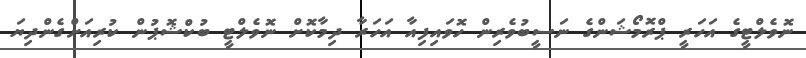
ނޮވެލްޓީގެ އަހަރީ ޕްރޮމޯޝަންގެ ނަސީބުވެރިން ހޮވައިފިއާ އަހަރާ ދިމާކޮށް ނޮވެލްޓީ ބުކްޝޮޕުން ކުރިއަށްގެންދިޔަ